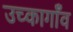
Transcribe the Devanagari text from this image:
उच्कागाँव